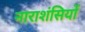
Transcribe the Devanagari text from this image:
नाराशंसियों